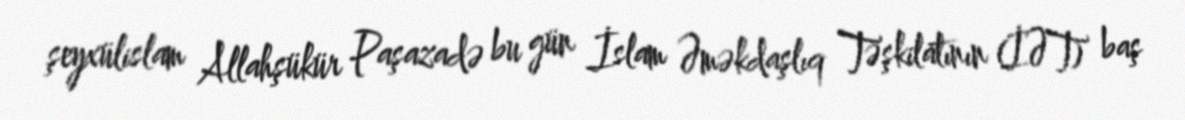
şeyxülislam Allahşükür Paşazadə bu gün İslam Əməkdaşlıq Təşkilatının (İƏT) baş